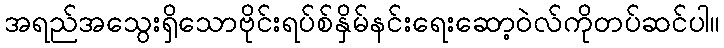
အရည်အသွေးရှိသောဗိုင်းရပ်စ်နှိမ်နင်းရေးဆော့ဝဲလ်ကိုတပ်ဆင်ပါ။